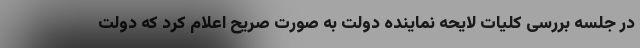
در جلسه بررسی کلیات لایحه نماینده دولت به صورت صریح اعلام کرد که دولت